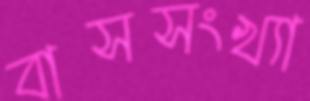
বাসসংখ্যা